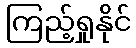
ကြည့်ရှုနိုင်